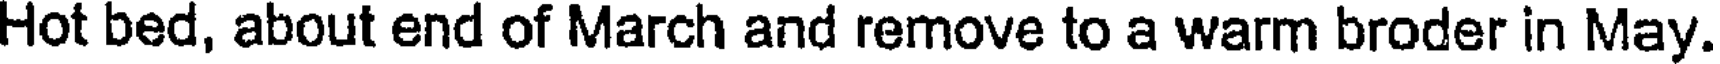
Hot bed, about end of March and remove to a warm broder in May.